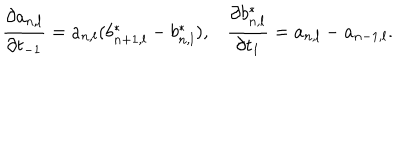
\frac { \partial a _ { n , l } } { \partial t _ { - 1 } } = a _ { n , l } ( b _ { n + 1 , l } ^ { * } - b _ { n , l } ^ { * } ) , \frac { \partial b _ { n , l } ^ { * } } { \partial t _ { 1 } } = a _ { n , l } - a _ { n - 1 , l } .